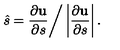
\hat { s } = \frac { \partial { \bf u } } { \partial s } \bigg / \left| \frac { \partial { \bf u } } { \partial s } \right| .